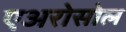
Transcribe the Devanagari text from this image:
एअरोसोल